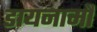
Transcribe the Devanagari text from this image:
डायनामौ